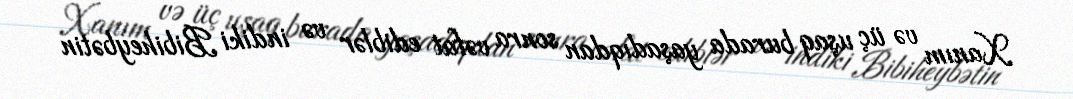
Xanım və üç uşaq burada yaşadıqdan sonra vəfat ediblər və indiki Bibiheybətin